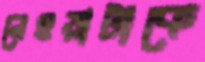
নেওয়াটাকে